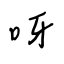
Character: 呀